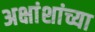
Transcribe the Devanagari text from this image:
अक्षांशांच्या